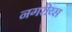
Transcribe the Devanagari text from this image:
नगरीय्स